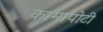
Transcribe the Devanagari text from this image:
कामापोटी